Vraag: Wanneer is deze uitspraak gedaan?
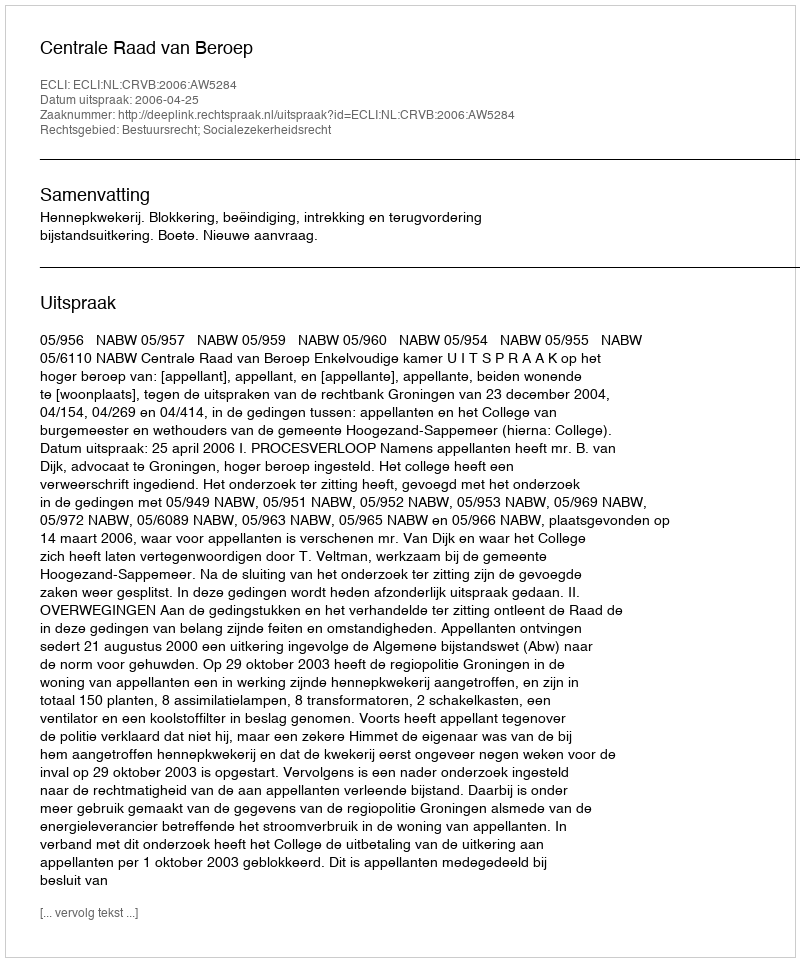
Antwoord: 2006-04-25